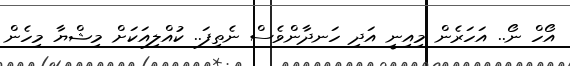
އޯހް ނޯ.. އަހަރެން މިއިނީ އަދި ހަނދާންވެސް ނެތިފަ.. ކުއްލިއަކަށް މިޝްޔާ މިހެން